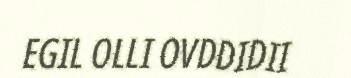
EGIL OLLI OVDDIDII